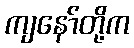
ကျနော်တို့က